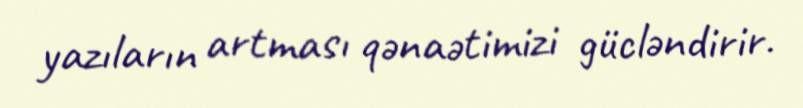
yazıların artması qənaətimizi gücləndirir.